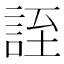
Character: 誈